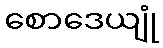
စောဒေယျုံ